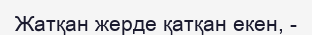
Жатқан жерде қатқан екен, -